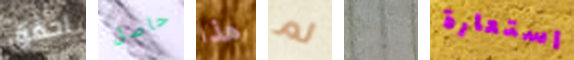
احقق حاصل هذا لم باستخدام استعارة